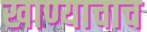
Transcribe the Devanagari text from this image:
खाण्याचाच